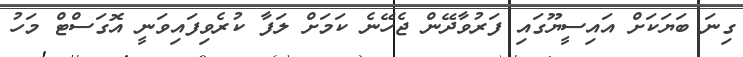
ގިނަ ބަޔަކަށް އައިސީޔޫގައި ފަރުވާދޭން ޖެހޭނެ ކަމަށް ލަފާ ކުރެވިފައިވަނީ އޮގަސްޓް މަހު